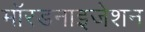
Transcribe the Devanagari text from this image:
मॉरडनाइजेशन